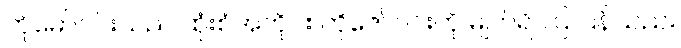
ကိုမော်ဝင်းသည် ထုံးစံအတိုင်း ကိုဇော်ဝင်းကို မျက်ရိပ်ပြ ပြန်သည်။